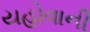
યહોવાની